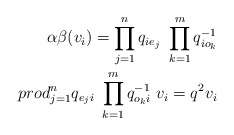
\begin{align*}\alpha\beta(v_i) = \prod_{j=1}^nq_{ie_j}\ \prod_{k=1}^mq_{io_k}^{-1}\\prod_{j=1}^nq_{e_ji}\ \prod_{k=1}^mq_{o_ki}^{-1}\ v_i = q^2 v_i\end{align*}